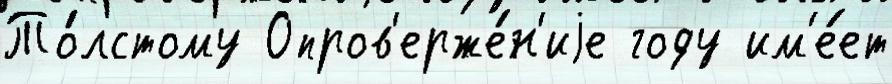
То́лстому Опров'ерже́н'иjе году им'е́ет